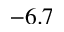
- 6 . 7